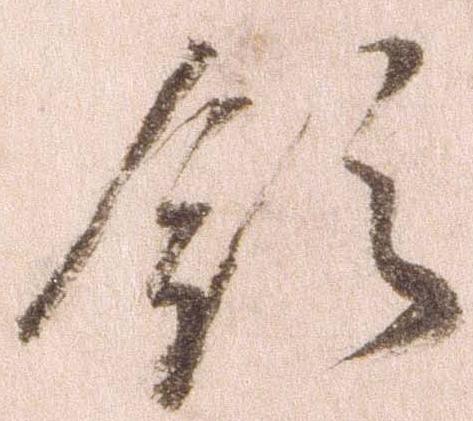
領